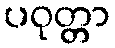
ပဝုတ္တာ